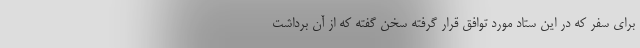
برای سفر که در این ستاد مورد توافق قرار گرفته سخن گفته که از آن برداشت